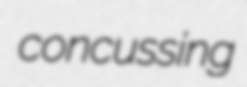
concussing